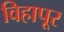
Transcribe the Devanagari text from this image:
विहापूर